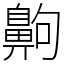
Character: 齁